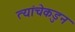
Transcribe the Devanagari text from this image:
त्यांचेकडुन